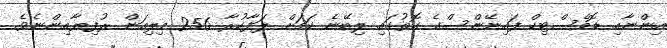
އިންނާއި ޑޮމެސްޓިކް ފައިނޭންސްގެ ގޮތުގައި ލިބޭނެ ކަމަށް ލަފާކުރާ 256 މިލިއަން ރުފިޔާއިންނެވެ.